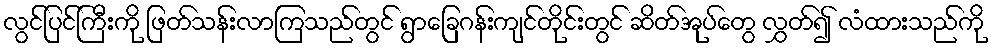
လွင်ပြင်ကြီးကို ဖြတ်သန်းလာကြသည်တွင် ရွာခြေဂန်းကျင်တိုင်းတွင် ဆိတ်အုပ်တွေ လွှတ်၍ လံထားသည်ကို